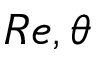
R e , \theta